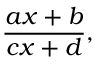
{ \frac { a x + b } { c x + d } } ,